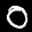
Label: 0